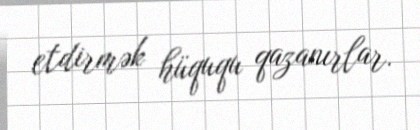
etdirmək hüququ qazanırlar.